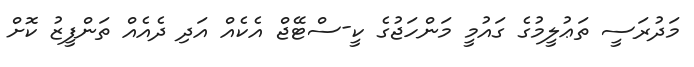
މަދުރަސީ ތަޢުލީމުގެ ގައުމީ މަންހަޖުގެ ކީ-ސްޓޭޖް އެކެއް އަދި ދެއެއް ތަންފީޒު ކޮށް